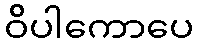
ဝိပါကောပေ